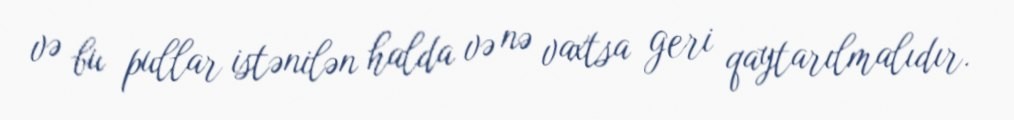
və bu pullar istənilən halda və nə vaxtsa geri qaytarılmalıdır.